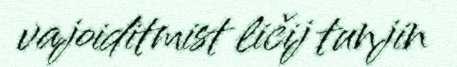
vajoiditmist ličij tunjin